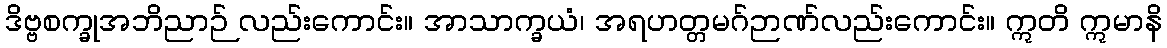
ဒိဗ္ဗစက္ခုအဘိညာဉ် လည်းကောင်း။ အာသာက္ခယံ၊ အရဟတ္တမဂ်ဉာဏ်လည်းကောင်း။ ဣတိ ဣမာနိ